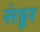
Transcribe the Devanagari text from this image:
संडूर